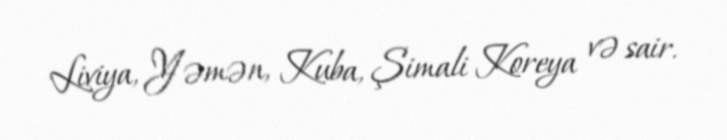
Liviya, Yəmən, Kuba, Şimali Koreya və sair.